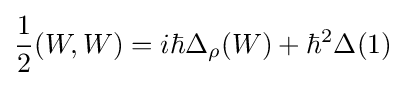
{\frac {1}{2}}(W,W)=i\hbar {\Delta }_{\rho }(W)+\hbar ^{2}\Delta (1)